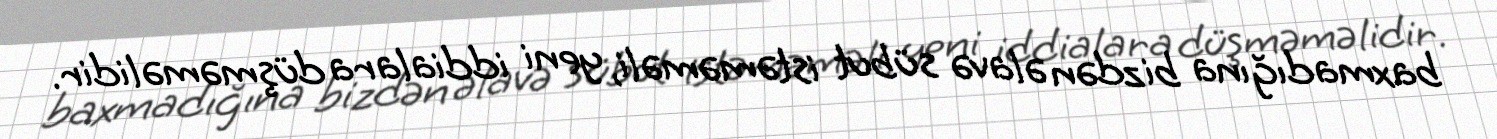
baxmadığına bizdən əlavə sübut istəməməli, yeni iddialara düşməməlidir.